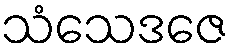
သံသေဒဇေ